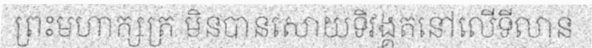
ព្រះមហាក្សត្រ មិនបានសោយទិវង្គតនៅលើទីលាន